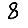
Digit: 8